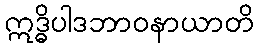
ဣဒ္ဓိပါဒဘာဝနာယာတိ